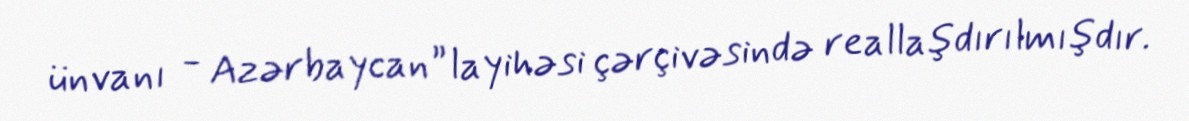
ünvanı - Azərbaycan” layihəsi çərçivəsində reallaşdırılmışdır.